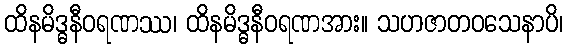
ထိနမိဒ္ဓနီဝရဏဿ၊ ထိနမိဒ္ဓနီဝရဏအား။ သဟဇာတဝသေနာပိ၊